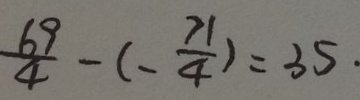
\frac { 6 9 } { 4 } - ( - \frac { 7 1 } { 4 } ) = 3 5 .